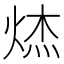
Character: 𮳮